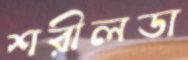
শরীলডা